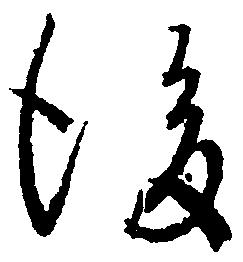
後